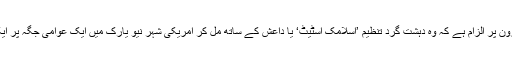
وکیل صفائی طارق اسد کے مطابق طلحہ ہارون پر الزام ہے کہ وہ دہشت گرد تنظیم ’اسلامک اسٹیٹ‘ یا داعش کے ساتھ مل کر امریکی شہر نیو یارک میں ایک عوامی جگہ پر ایک مسلح حملے کی منصوبہ بندی کر رہا تھا۔